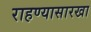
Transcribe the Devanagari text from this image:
राहण्यासारखा